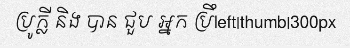
ប្រូក្លី និង បាន ជួប អ្នក ប្រឹleft|thumb|300px